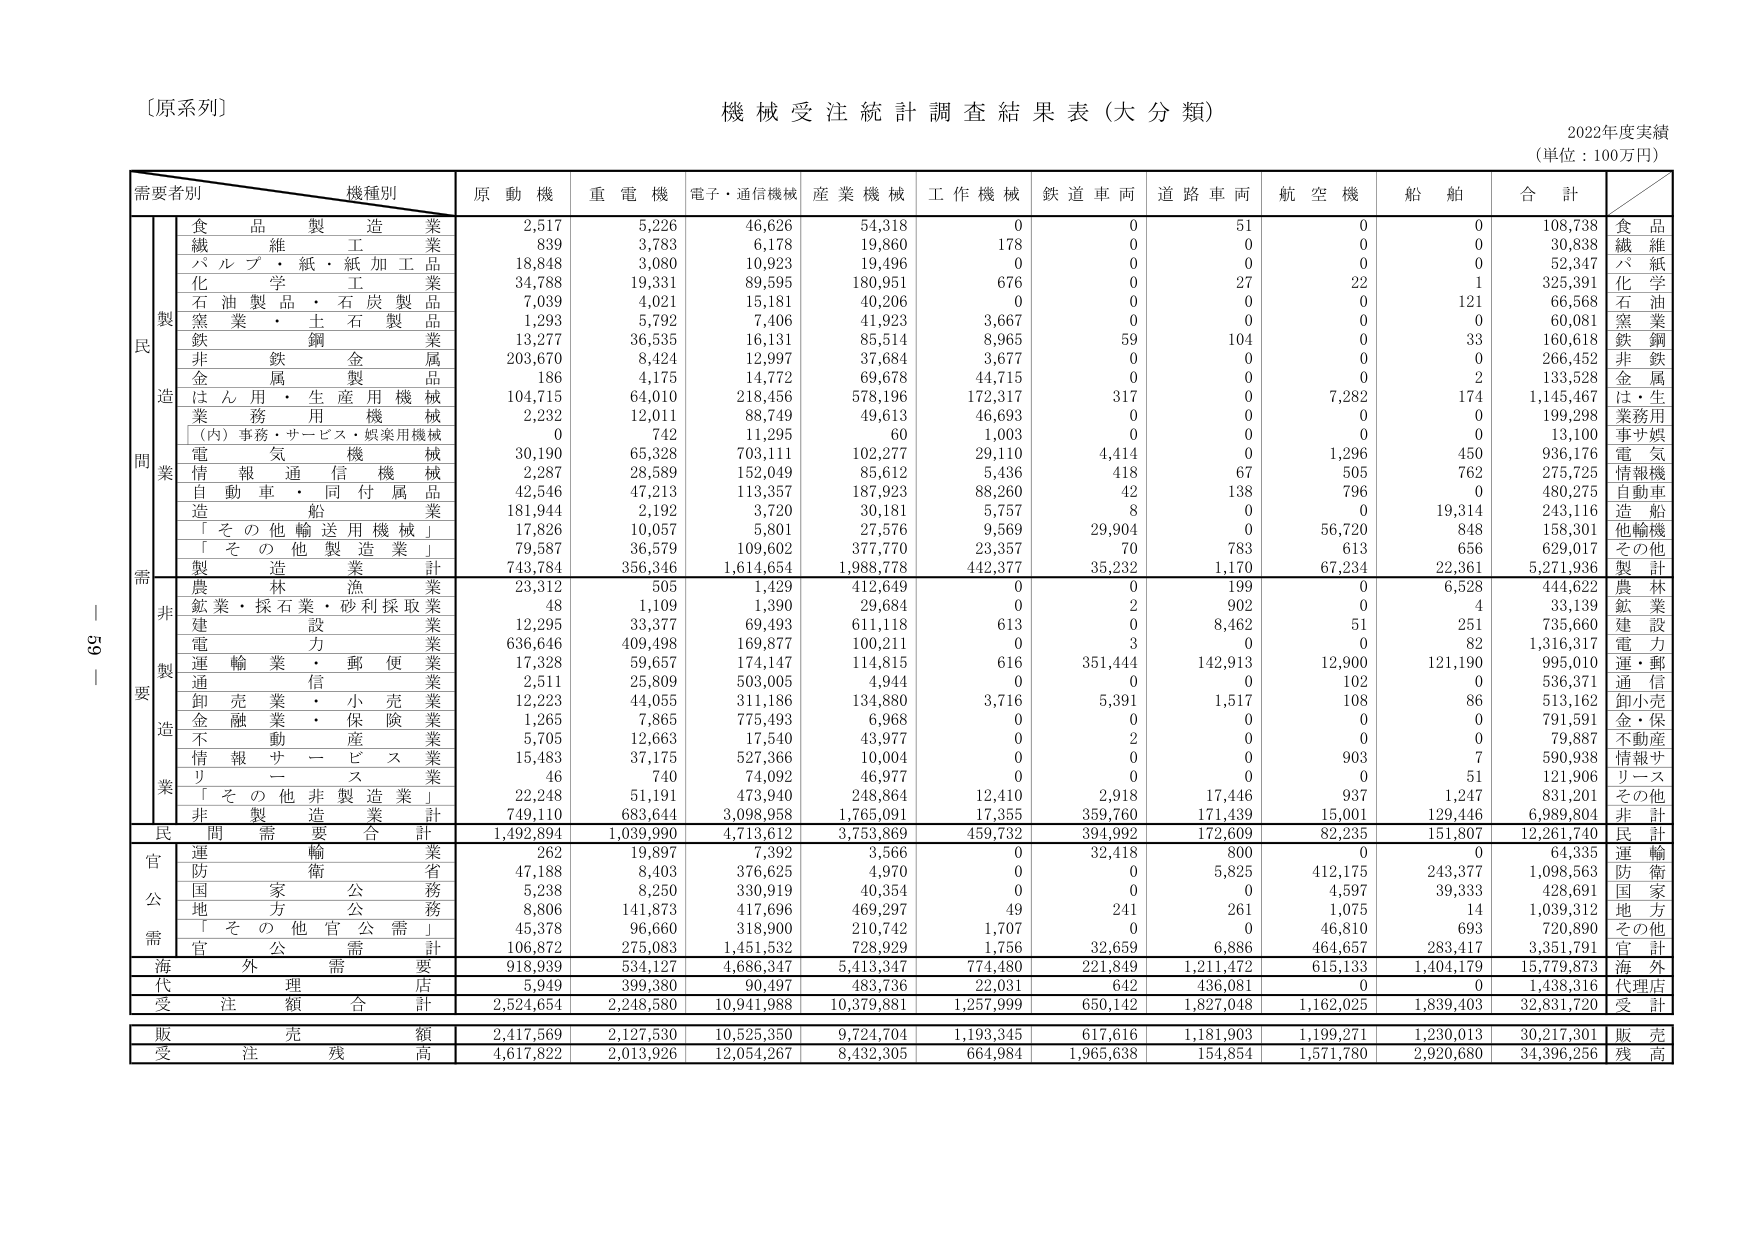
〔原系列〕
機械受注統計調査結果表（大分類）
2022年度実績
（単位：100万円）

需要者別　機種別
原動機　重電機　電子・通信機械　産業機械　工作機械　鉄道車両　道路車両　航空機　船舶　合計

民
製
造
業
食品製造業　2,517　5,226　46,626　54,318　0　0　51　0　0　108,738　食品
繊維工業　839　3,783　6,178　19,860　178　0　0　0　0　30,838　繊維
パルプ・紙・紙加工品　18,848　3,080　10,923　19,496　0　0　0　0　0　52,347　パ紙
化学工業　34,788　19,331　89,595　180,951　676　0　27　22　1　325,391　化学
石油製品・石炭製品　7,039　4,021　15,181　40,206　0　0　0　0　121　66,568　石油
窯業・土石製品　1,293　5,792　7,406　41,923　3,667　0　0　0　0　60,081　窯業
鉄鋼業　13,277　36,535　16,131　85,514　8,965　59　104　0　33　160,618　鉄鋼
非鉄金属　203,670　8,424　12,997　37,684　3,677　0　0　0　0　266,452　非鉄
金属製品　186　4,175　14,772　69,678　44,715　0　0　0　2　133,528　金属
はん用・生産用機械　104,715　64,010　218,456　578,196　172,317　317　0　7,282　174　1,145,467　は・生
業務用機械　2,232　12,011　88,749　49,613　46,693　0　0　0　0　199,298　業務用
（内）事務・サービス・娯楽用機械　0　742　11,295　60　1,003　0　0　0　0　13,100　事サ娯
電気機械　30,190　65,328　703,111　102,277　29,110　4,414　0　1,296　450　936,176　電気
情報通信機械　2,287　28,589　152,049　85,612　5,436　418　67　505　762　275,725　情報機
自動車・同付属品　42,546　47,213　113,357　187,923　88,260　42　138　796　0　480,275　自動車
造船業　181,944　2,192　3,720　30,181　5,757　8　0　0　19,314　243,116　造船
「その他輸送用機械」　17,826　10,057　5,801　27,576　9,569　29,904　0　56,720　848　158,301　他輸機
「その他製造業」　79,587　36,579　109,602　377,770　23,357　70　783　613　656　629,017　その他
製造業計　743,784　356,346　1,614,654　1,988,778　442,377　35,232　1,170　67,234　22,361　5,271,936　製計

非
製
造
業
農林漁業　23,312　505　1,429　412,649　0　0　199　0　6,528　444,622　農林
鉱業・採石業・砂利採取業　48　1,109　1,390　29,684　0　2　902　0　4　33,139　鉱業
建設業　12,295　33,377　69,493　611,118　613　0　8,462　51　251　735,660　建設
電力業　636,646　409,498　169,877　100,211　0　3　0　0　82　1,316,317　電力
運輸業・郵便業　17,328　59,657　174,147　114,815　616　351,444　142,913　12,900　121,190　995,010　運・郵
通信業　2,511　25,809　503,005　4,944　0　0　0　102　0　536,371　通信
卸売業・小売業　12,223　44,055　311,186　134,880　3,716　5,391　1,517　108　86　513,162　卸小売
金融業・保険業　1,265　7,865　775,493　6,968　0　0　0　0　0　791,591　金・保
不動産業　5,705　12,663　17,540　43,977　0　2　0　0　0　79,887　不動産
情報サービス業　15,483　37,175　527,366　10,004　0　0　0　903　7　590,938　情報サ
リース業　46　740　74,092　46,977　0　0　0　0　51　121,906　リース
「その他非製造業」　22,248　51,191　473,940　248,864　12,410　2,918　17,446　937　1,247　831,201　その他
非製造業計　749,110　683,644　3,098,958　1,765,091　17,355　359,760　171,439　15,001　129,446　6,989,804　非計

民間需要合計　1,492,894　1,039,990　4,713,612　3,753,869　459,732　394,992　172,609　82,235　151,807　12,261,740　民計

官
公
需
運輸業　262　19,897　7,392　3,566　0　32,418　800　0　0　64,335　運輸
防衛省　47,188　8,403　376,625　4,970　0　0　5,825　412,175　243,377　1,098,563　防衛
国家公務　5,238　8,250　330,919　40,354　0　0　0　4,597　39,333　428,691　国家
地方公務　8,806　141,873　417,696　469,297　49　241　261　1,075　14　1,039,312　地方
「その他官公需」　45,378　96,660　318,900　210,742　1,707　0　0　46,810　693　720,890　その他
官公需計　106,872　275,083　1,451,532　728,929　1,756　32,659　6,886　464,657　283,417　3,351,791　官計

海外需要　918,939　534,127　4,686,347　5,413,347　774,480　221,849　1,211,472　615,133　1,404,179　15,779,873　海外

代理店　5,949　399,380　90,497　483,736　22,031　642　436,081　0　0　1,438,316　代理店

受注額合計　2,524,654　2,248,580　10,941,988　10,379,881　1,257,999　650,142　1,827,048　1,162,025　1,839,403　32,831,720　受計

販売額　2,417,569　2,127,530　10,525,350　9,724,704　1,193,345　617,616　1,181,903　1,199,271　1,230,013　30,217,301　販売

受注残高　4,617,822　2,013,926　12,054,267　8,432,305　664,984　1,965,638　154,854　1,571,780　2,920,680　34,396,256　残高

59 - 1